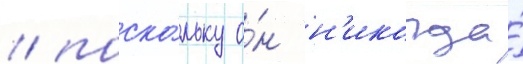
/ поско́льку о́н н'икогда́